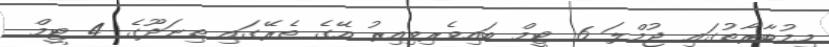
މިމުބާރާތުގައި ޖުމްލަ 6 ޓީމް ބައިވެރިވިއިރު އޭގެ ތެރޭގައި ތިނަދޫގެ 4 ޓީމް